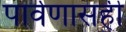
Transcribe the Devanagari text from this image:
पार्वणासही